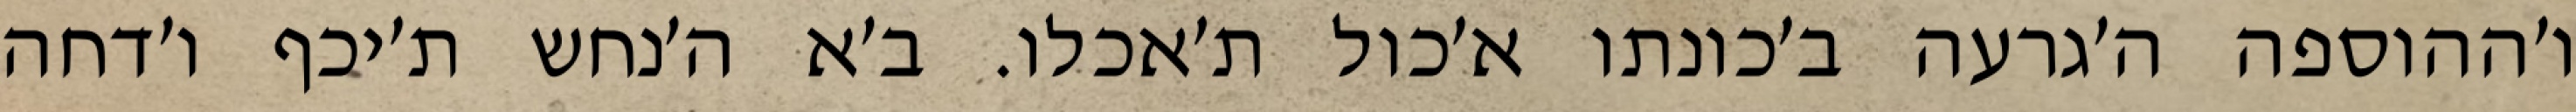
ו׳ההוספה ה׳גרעה ב׳כונתו א׳כול ת׳אכלו. ב׳א ה׳נחש ת׳יכף ו׳דחה